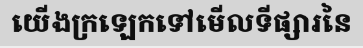
យើងក្រឡេកទៅមើលទីផ្សារនៃ